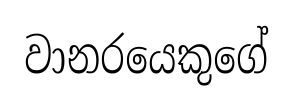
වානරයෙකුගේ